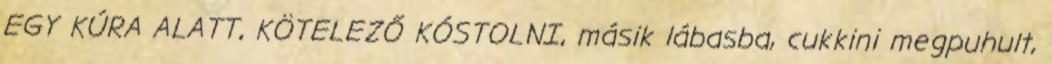
EGY KÚRA ALATT, KÖTELEZŐ KÓSTOLNI, másik lábasba, cukkini megpuhult,